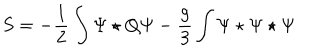
S = - \frac { 1 } { 2 } \int \Psi \star Q \Psi - \frac { g } { 3 } \int \Psi \star \Psi \star \Psi